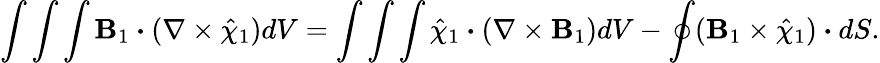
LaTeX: \int\int\int\textbf{B}_{1}\boldsymbol{\cdot}(\nabla\times\hat{\chi}_{1})dV=\int\int\int\hat{\chi}_{1}\boldsymbol{\cdot}(\nabla\times\textbf{B}_{1})dV-\oint(\textbf{B}_{1}\times\hat{\chi}_{1})\boldsymbol{\cdot}dS.